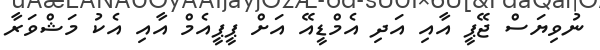
ނުވިޔަސް ޖޭޕީ އާއި އަދި އެމްޑީއޭ އަށް ޕީޕީއެމް އާއި އެކު މަޝްވަރާ